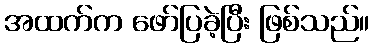
အထက်က ဖော်ပြခဲ့ပြီး ဖြစ်သည်။